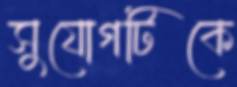
সুযোগটিকে